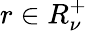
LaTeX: r\in R_{\nu}^{+}